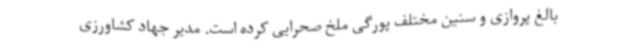
بالغ پروازی و سنین مختلف پورگی ملخ صحرایی کرده است. مدیر جهاد کشاورزی